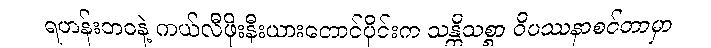
ရဟန်းဘဝနဲ့ ကယ်လီဖိုးနီးယားတောင်ပိုင်းက သန္တိသစ္စာ ဝိပဿနာစင်တာမှာ